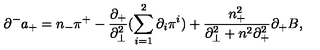
{ \partial } ^ { - } a _ { + } = n _ { - } { \pi } ^ { + } - \frac { { \partial } _ { + } } { { \partial } _ { \bot } ^ { 2 } } ( \sum _ { i = 1 } ^ { 2 } { \partial } _ { i } { \pi } ^ { i } ) + \frac { n _ { + } ^ { 2 } } { { \partial } _ { \bot } ^ { 2 } + n ^ { 2 } { \partial } _ { + } ^ { 2 } } { \partial } _ { + } B ,